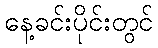
နေ့ခင်းပိုင်းတွင်